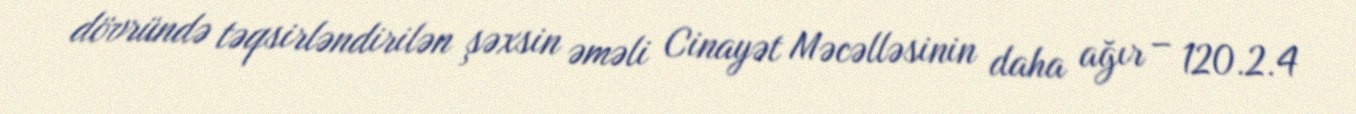
dövründə təqsirləndirilən şəxsin əməli Cinayət Məcəlləsinin daha ağır – 120.2.4